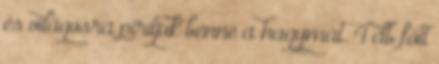
és világosra pirítjuk benne a hagymát. 4 db főtt